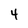
Character: 4